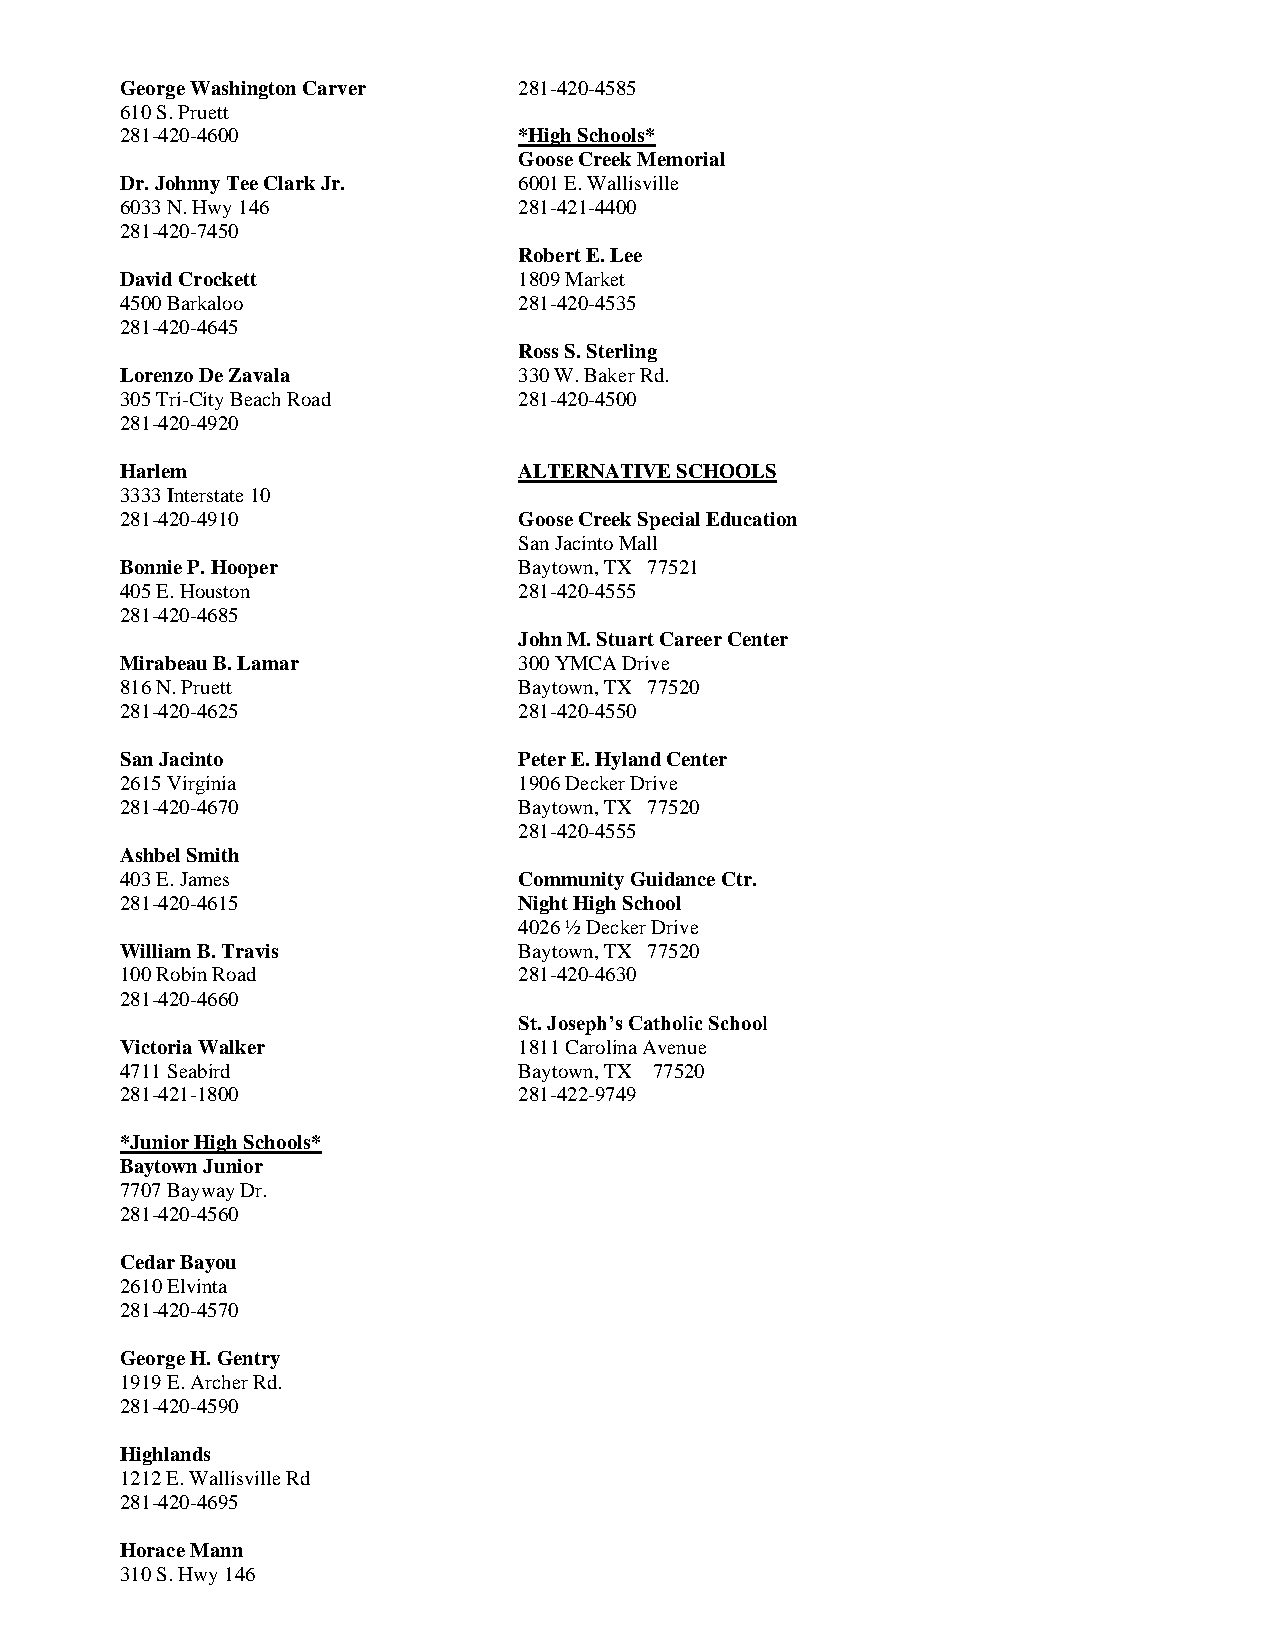
George Washington Carver  281-420-4585
 610 S. Pruett
 281-420-4600              *High Schools*
 Goose Creek Memorial
 Dr. Johnny Tee Clark Jr.  6001 E. Wallisville
 6033 N. Hwy 146           281-421-4400
 281-420-7450
 Robert E. Lee
 David Crockett            1809 Market
 4500 Barkaloo             281-420-4535
 281-420-4645
 Ross S. Sterling
 Lorenzo De Zavala         330 W. Baker Rd.
 305 Tri-City Beach Road   281-420-4500
 281-420-4920
 Harlem                    ALTERNATIVE SCHOOLS
 3333 Interstate 10
 281-420-4910              Goose Creek Special Education
 San Jacinto Mall
 Bonnie P. Hooper          Baytown, TX 77521
 405 E. Houston            281-420-4555
 281-420-4685
 John M. Stuart Career Center
 Mirabeau B. Lamar         300 YMCA Drive
 816 N. Pruett             Baytown, TX 77520
 281-420-4625              281-420-4550
 San Jacinto               Peter E. Hyland Center
 2615 Virginia             1906 Decker Drive
 281-420-4670              Baytown, TX 77520
 281-420-4555
 Ashbel Smith
 403 E. James              Community Guidance Ctr.
 281-420-4615              Night High School
 4026 ½ Decker Drive
 William B. Travis         Baytown, TX 77520
 100 Robin Road            281-420-4630
 281-420-4660
 St. Joseph’s Catholic School
 Victoria Walker           1811 Carolina Avenue
 4711 Seabird              Baytown, TX 77520
 281-421-1800              281-422-9749
 *Junior High Schools*
 Baytown Junior
 7707 Bayway Dr.
 281-420-4560
 Cedar Bayou
 2610 Elvinta
 281-420-4570
 George H. Gentry
 1919 E. Archer Rd.
 281-420-4590
 Highlands
 1212 E. Wallisville Rd
 281-420-4695
 Horace Mann
 310 S. Hwy 146